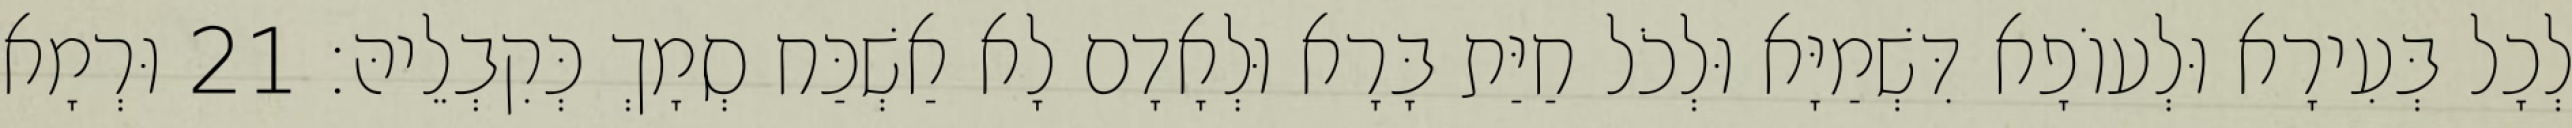
לְכָל בְּעִירָא וּלְעוֹפָא דִּשְׁמַיָּא וּלְכֹל חַיַּת בָּרָא וּלְאָדָם לָא אַשְׁכַּח סְמָךְ כְּקִבְלֵיהּ׃ 21 וּרְמָא